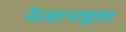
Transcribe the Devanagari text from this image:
नेत्यानाहूला